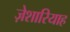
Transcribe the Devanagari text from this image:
ज़ेशारियाह